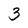
Character: 3